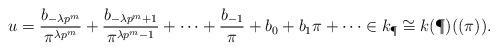
LaTeX: \begin{align*}u=\frac{b_{-\lambda p^m}}{\pi^{\lambda p^m}}+\frac{b_{-\lambda p^m+1}}{\pi^{\lambda p^m-1}}+\cdots+\frac{b_{-1}}{\pi}+b_0+b_1\pi+\cdots \in k_{\P}\cong k(\P)((\pi)).\end{align*}